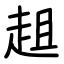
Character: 趄